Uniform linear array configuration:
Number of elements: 32
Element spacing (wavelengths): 0.25
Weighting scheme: hann
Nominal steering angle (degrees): -30
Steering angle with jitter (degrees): -31.273
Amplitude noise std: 0.05
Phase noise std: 0.05

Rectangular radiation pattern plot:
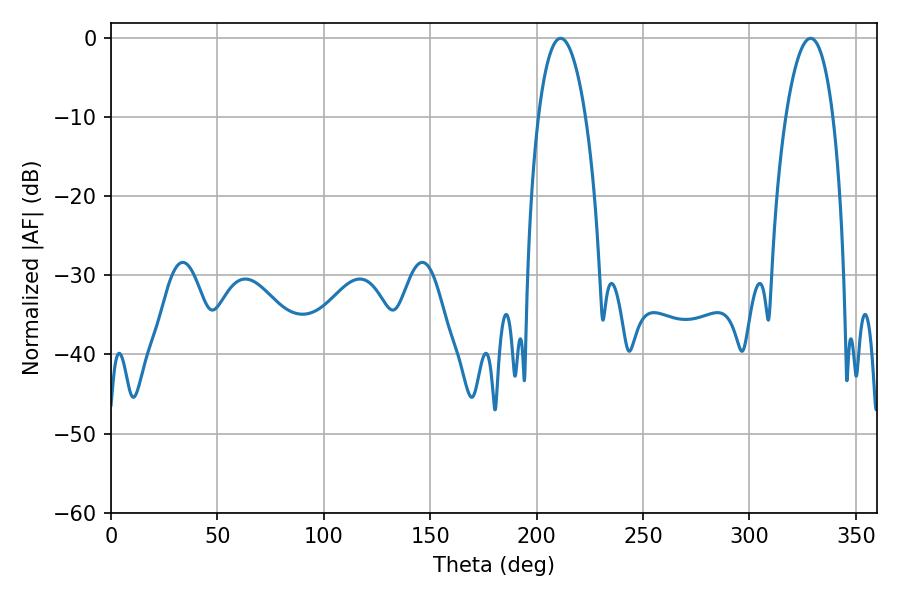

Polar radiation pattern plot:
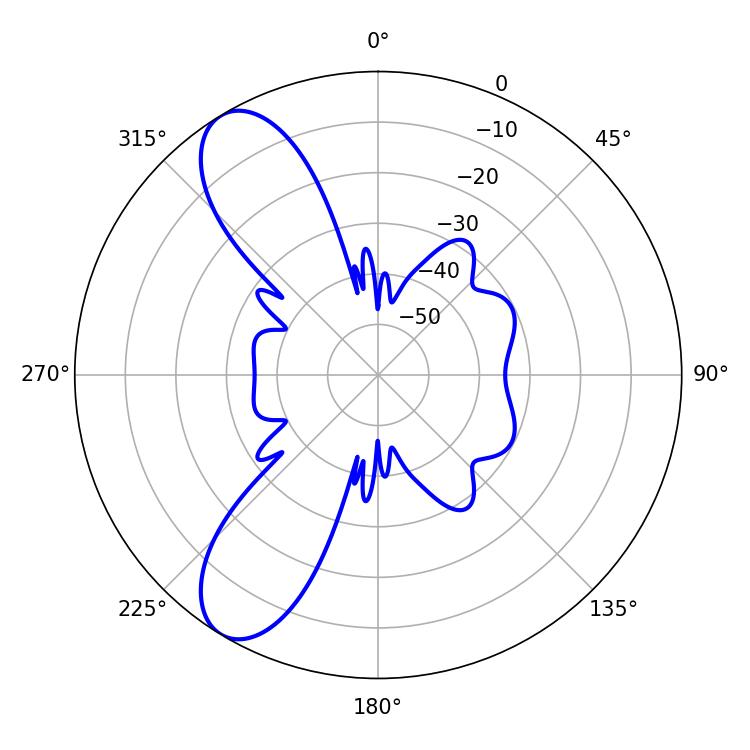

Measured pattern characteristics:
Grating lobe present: FALSE
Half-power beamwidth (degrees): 12.42
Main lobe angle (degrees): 211.32